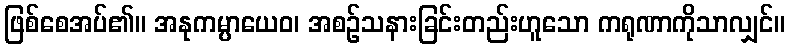
ဖြစ်စေအပ်၏။ အနုကမ္ပာယေဝ၊ အစဉ်သနားခြင်းတည်းဟူသော ကရုဏာကိုသာလျှင်။